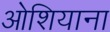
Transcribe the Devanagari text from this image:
ओशियाना